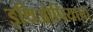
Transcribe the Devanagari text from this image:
इथिओपियाचा